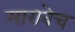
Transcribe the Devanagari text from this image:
मारावेच